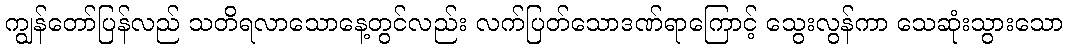
ကျွန်တော်ပြန်လည် သတိရလာသောနေ့တွင်လည်း လက်ပြတ်သောဒဏ်ရာကြောင့် သွေးလွန်ကာ သေဆုံးသွားသော